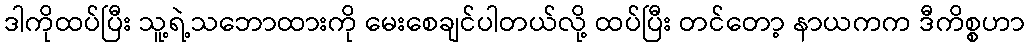
ဒါကိုထပ်ပြီး သူ့ရဲ့သဘောထားကို မေးစေချင်ပါတယ်လို့ ထပ်ပြီး တင်တော့ နာယကက ဒီကိစ္စဟာ